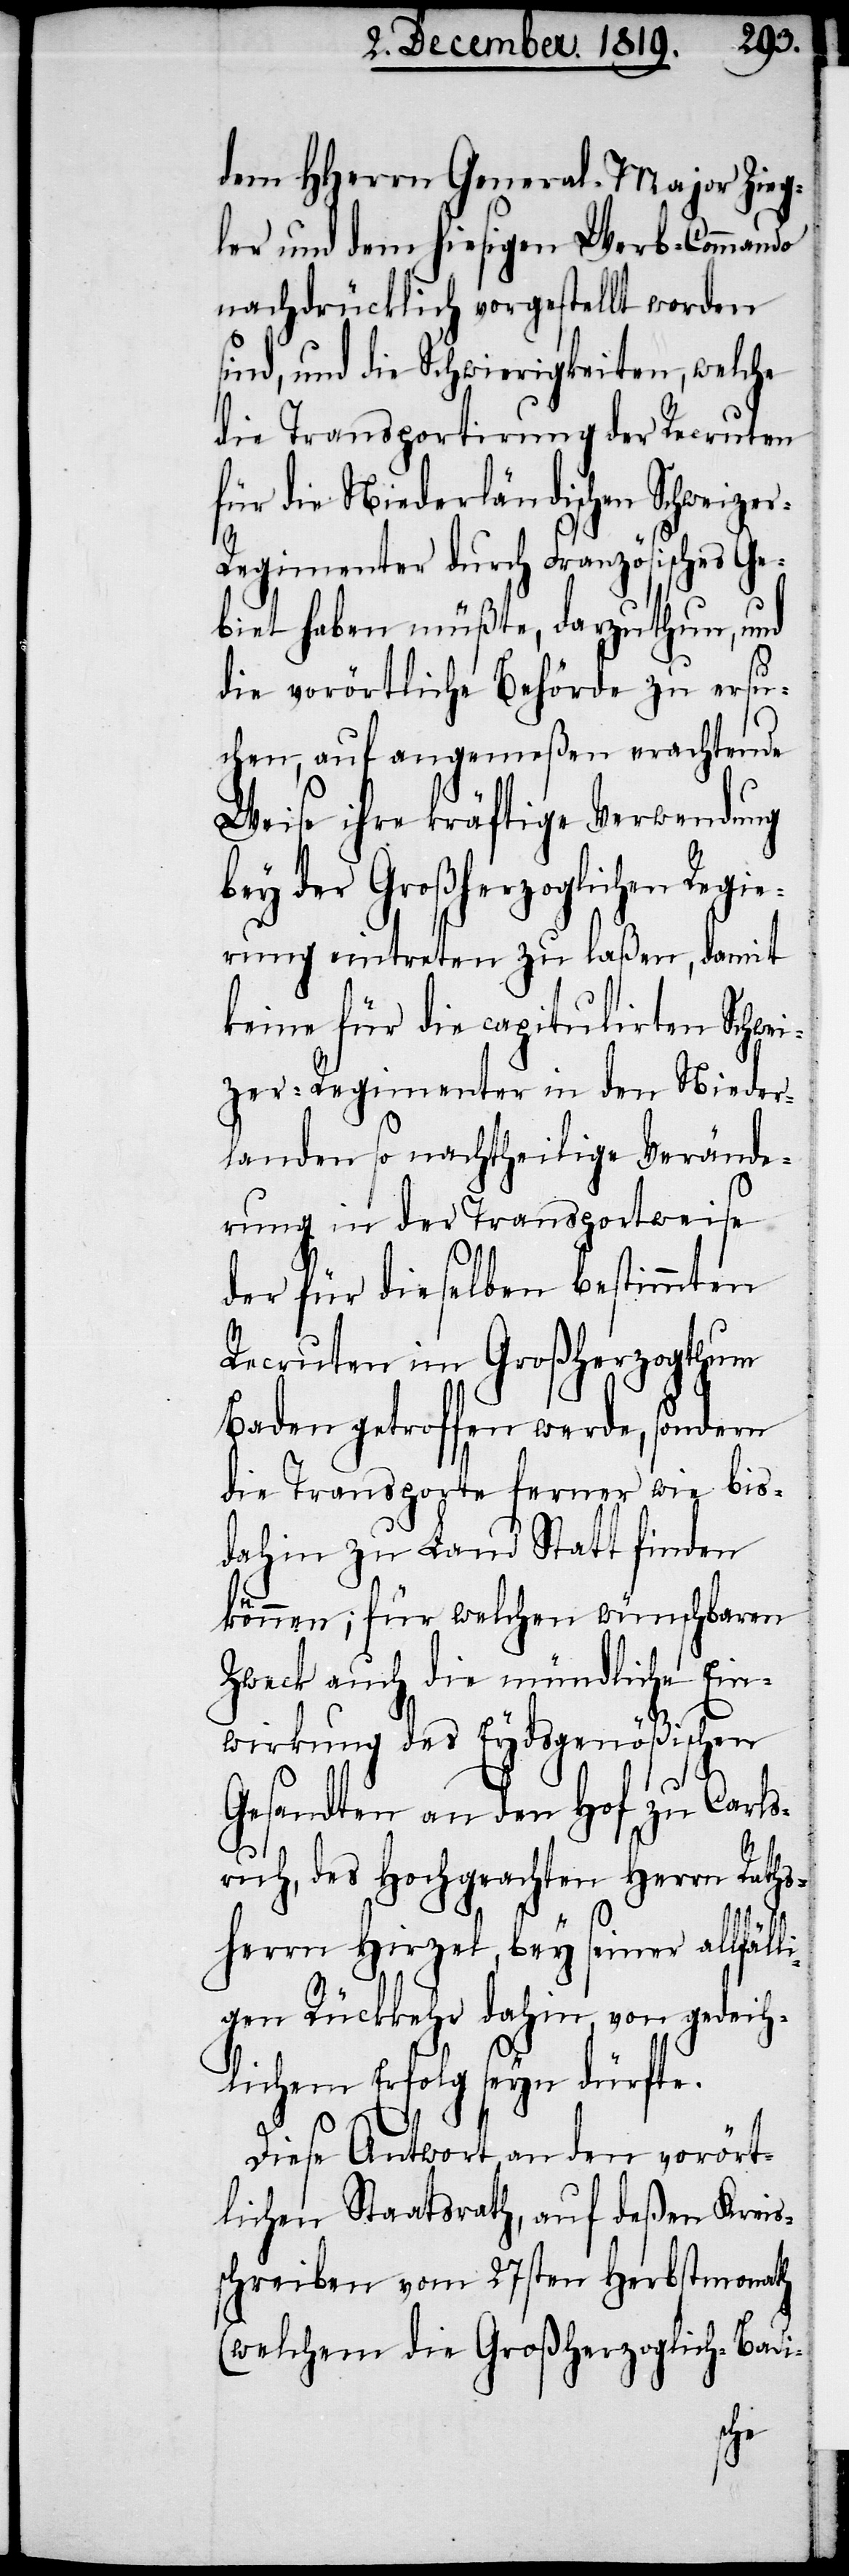
dem HHerrn General-Major Zieg¬
ler und dem hiesigen Werb-Commando
nachdrücklich vorgestellt worden
ind, und die Schwierigkeiten, welche
die Transportirung der Recruten
für die Niederländischen Schweize¬
r-Regimenter durch Französisches Ge¬
biet haben müßte, darzuthun, und
die vorörtliche Behörde zu ersu¬
chen, auf angemeßen erachtende
Weise ihre kräftige Verwendung
bey der Großherzoglichen Regi¬
erung eintreten zu laßen, damit
keine für die capitulirten Schwei¬
zer-Regimenter in den Nieder¬
landen so nachtheilige Verände¬
rung in der Transportweise
der für dieselben bestimmten
Recruten im Großherzogthum
Baden getroffen werde, sondern
die Transporte ferner wie bis¬
dahin zu Land Statt finden
s¬
können; für welchen wünschbaren
Zweck auch die mündliche Ein¬
wirkung des Eydsgenößischen
Gesandten an den Hof zu Carls¬
ruh, des Hochgeachten Herrn Raths¬
herrn Hirzel, bey seiner allfäll¬
igen Rückkehr dahin, von gedeih¬
lichem Erfolg seyn dürfte.
Diese Antwort, an den vorört¬
lichen Staatsrath, auf deßen Kreis¬
schreiben vom 27sten Herbstmonath
(welchem die Großherzoglich-Badi-